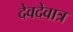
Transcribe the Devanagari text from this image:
देवदेवात्र